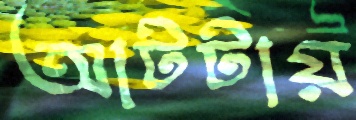
আটটায়